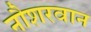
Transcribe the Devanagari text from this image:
नौशरवान